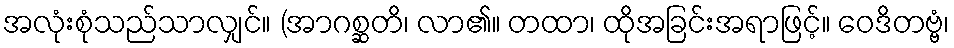
အလုံးစုံသည်သာလျှင်။ (အာဂစ္ဆတိ၊ လာ၏။ တထာ၊ ထိုအခြင်းအရာဖြင့်။ ဝေဒိတဗ္ဗံ၊